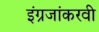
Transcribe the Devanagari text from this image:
इंग्रजांकरवी